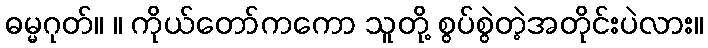
ဓမ္မဂုတ်။ ။ ကိုယ်တော်ကကော သူတို့ စွပ်စွဲတဲ့အတိုင်းပဲလား။